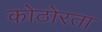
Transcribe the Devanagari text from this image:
कोठोरता